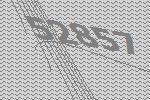
52857